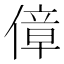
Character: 傽